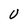
Character: U